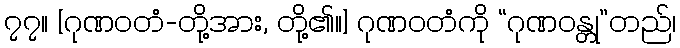
၇၇။ [ဂုဏဝတံ-တို့အား, တို့၏။] ဂုဏဝတံကို “ဂုဏဝန္တု”တည်၊